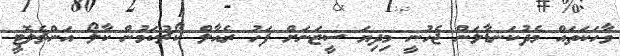
ވާހަކަތައް މެދުކަނޑާލަން ޖެހުނީ މިދިޔަ ސީޒަނަށް ފަހު ރެއާލް ކޯޗުކަމުން ކާލޯ އަންޗެލޮޓީ